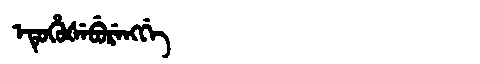
Manchu: ᡝᡨᡠᡥᡠᡧᡝᠪᡠᡵᡝᠩᡤᡝ
Romanization: ETUHUŠEBURENGGE